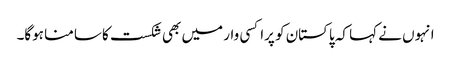
انہوں نے کہا کہ پاکستان کو پراکسی وار میں بھی شکست کا سامنا ہوگا۔